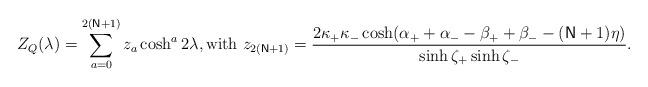
LaTeX: \begin{align*}Z_{Q}(\lambda )=\sum_{a=0}^{2(\mathsf{N}+1)}z_{a}\cosh ^{a}2\lambda ,\text{with }z_{2(\mathsf{N}+1)}=\frac{2\kappa _{+}\kappa _{-}\cosh (\alpha_{+}+\alpha _{-}-\beta _{+}+\beta _{-}-(\mathsf{N}+1)\eta )}{\sinh \zeta_{+}\sinh \zeta _{-}}.\end{align*}